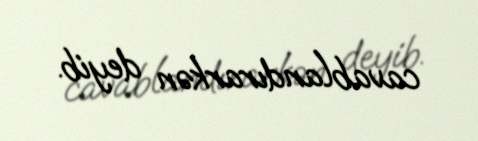
cavablandırarkən deyib.